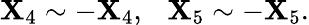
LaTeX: \mathbf{X}_{4}\sim-\mathbf{X}_{4},\ \ \ \mathbf{X}_{5}\sim-\mathbf{X}_{5}.